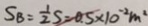
S _ { B } = \frac { 1 } { 2 } S = 0 . 5 \times 1 0 ^ { - 2 } m ^ { 2 }